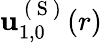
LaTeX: \mathbf{u}_{1,0}^{\mathrm{~(~S~)~}}(r)